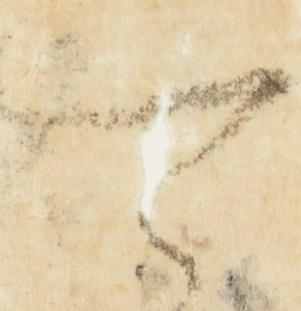
可